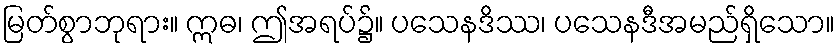
မြတ်စွာဘုရား။ ဣဓ၊ ဤအရပ်၌။ ပသေနဒိဿ၊ ပသေနဒီအမည်ရှိသော။